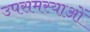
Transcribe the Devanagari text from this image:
उपसमस्याओं